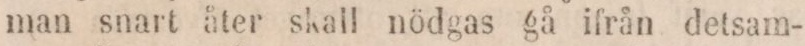
man snart åter skall nödgas gå ifrån detsam-